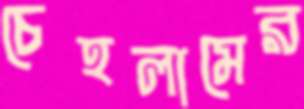
চেহলামের